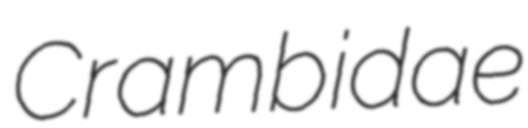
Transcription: Crambidae